General report no. 6 on the lunatic asylums, vaccination and dispensaries in the Bengal Presidency, 1873 -
Year: 1873
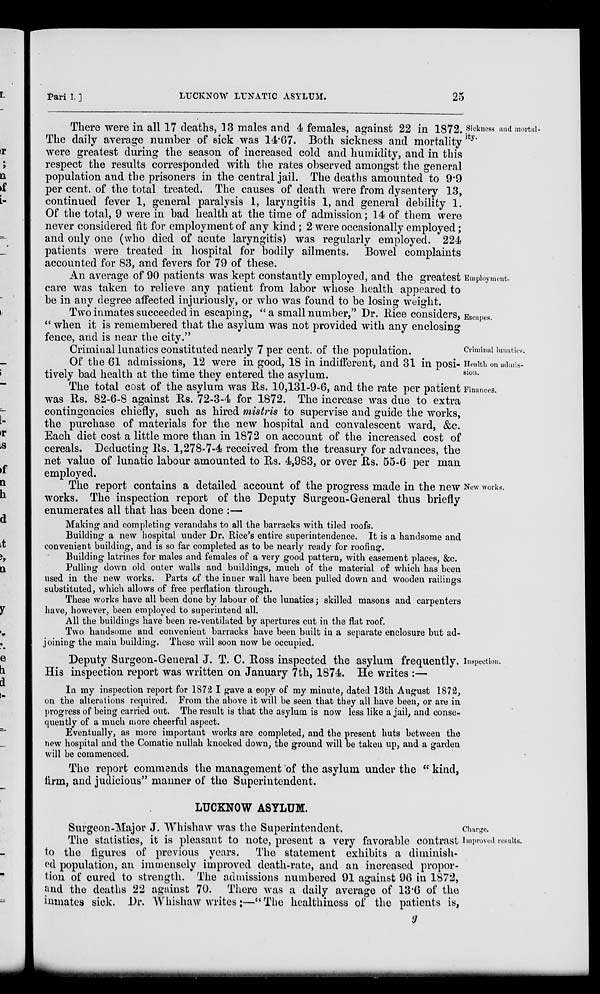
Pari I. ]
LUCKNOW LUNATIC ASYLUM.
25
Sickness and mortal-
ity.
There were in all 17 deaths, 13 males and 4 females, against 22 in 1872.
The daily average number of sick was 14.67. Both sickness and mortality
were greatest during the season of increased cold and humidity, and in this
respect the results corresponded with the rates observed amongst the general
population and the prisoners in the central jail. The deaths amounted to 9.9
per cent. of the total treated. The causes of death were from dysentery 13,
continued fever 1, general paralysis 1, laryngitis 1, and general debility 1.
Of the total, 9 were in bad health at the time of admission; 14 of them were
never considered fit for employment of any kind; 2 were occasionally employed;
and only one (who died of acute laryngitis) was regularly employed. 224
patients were treated in hospital for bodily ailments. Bowel complaints
accounted for 83, and fevers for 79 of these.
Employment.
An average of 90 patients was kept constantly employed, and the greatest
care was taken to relieve any patient from labor whose health appeared to
be in any degree affected injuriously, or who was found to be losing weight.
Escapes.
Two inmates succeeded in escaping, " a small number,"Dr. Rice considers,
" when it is remembered that the asylum was not provided with any enclosing
fence, and is near the city."
Criminal lunatics.
Criminal lunatics constituted nearly 7 per cent. of the population.
Health on admis-
sion.
Of the 61 admissions, 12 were in good, 18 in indifferent, and 31 in posi-
tively bad health at the time they entered the asylum.
Finances.
The total cost of the asylum was Rs. 10,131-9-6, and the rate per patient
was Rs. 82-6-8 against Rs. 72-3-4 for 1872. The increase was due to extra
contingencies chiefly, such as hired mistris to supervise and guide the works,
the purchase of materials for the new hospital and convalescent ward, &c.
Each diet cost a little more than in 1872 on account of the increased cost of
cereals. Deducting Rs. 1,278-7-4 received from the treasury for advances, the
net value of lunatic labour amounted to Rs. 4,983, or over Rs. 55-6 per man
employed.
New works.
The report contains a detailed account of the progress made in the new
works. The inspection report of the Deputy Surgeon-General thus briefly
enumerates all that has been done :—
Making and completing verandahs to all the barracks with tiled roofs.
Building a new hospital under Dr. Rice's entire superintendence. It is a handsome and
convenient building, and is so far completed as to be nearly ready for roofing.
Building latrines for males and females of a very good pattern, with easement places, &c.
Pulling down old outer walls and buildings, much of the material of which has been
used in the new works. Parts of the inner wall have been pulled down and wooden railings
substituted, which allows of free perflation through.
These works have all been done by labour of the lunatics ; skilled masons and carpenters
have, however, been employed to superintend all.
All the buildings have been re-ventilated by apertures cut in the flat roof.
Two handsome and convenient barracks have been built in a separate enclosure but ad-
joining the main building. These will soon now be occupied.
Inspection.
Deputy Surgeon-General J. T. C. Ross inspected the asylum frequently.
His inspection report was written on January 7th, 1874. He writes :—
In my inspection report for 1872 I gave a copy of my minute, dated 13th August 1872,
on the alterations required. From the above it will be seen that they all have been, or are in
progress of being carried out. The result is that the asylum is now less like a jail, and conse-
quently of a much more cheerful aspect.
Eventually, as more important works are completed, and the present huts between the
new hospital and the Comatie nullah knocked down, the ground will be taken up, and a garden
will be commenced.
The report commends the management of the asylum under the " kind,
firm, and judicious" manner of the Superintendent.
LUCKNOW ASYLUM.
Charge.
Surgeon-Major J. Whishaw was the Superintendent.
Improved results.
The statistics, it is pleasant to note, present a very favorable contrast
to the figures of previous years. The statement exhibits a diminish-
ed population, an immensely improved death-rate, and an increased propor-
tion of cured to strength. The admissions numbered 91 against 96 in 1872,
and the deaths 22 against 70. There was a daily average of 13.6 of the
inmates sick. Dr. Whishaw writes:—" The healthiness of the patients is,
g